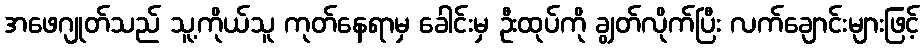
အဖေဂျုတ်သည် သူ့ကိုယ်သူ ကုတ်နေရာမှ ခေါင်းမှ ဦးထုပ်ကို ချွတ်လိုက်ပြီး လက်ချောင်းများဖြင့်